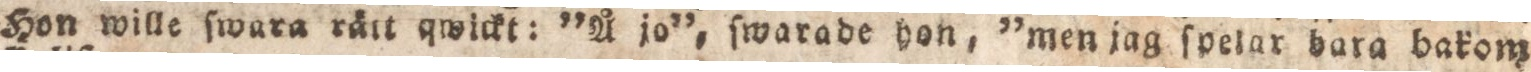
Hon wille fwara rält qwickt: ”Å jo”, ſwarade hon, ”men jag ſpelar bara bakom